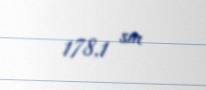
178,1 sm